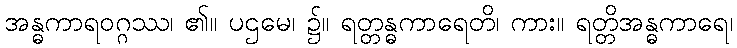
အန္ဓကာရဝဂ္ဂဿ၊ ၏။ ပဌမေ၊ ၌။ ရတ္တန္ဓကာရေတိ၊ ကား။ ရတ္တိအန္ဓကာရေ၊